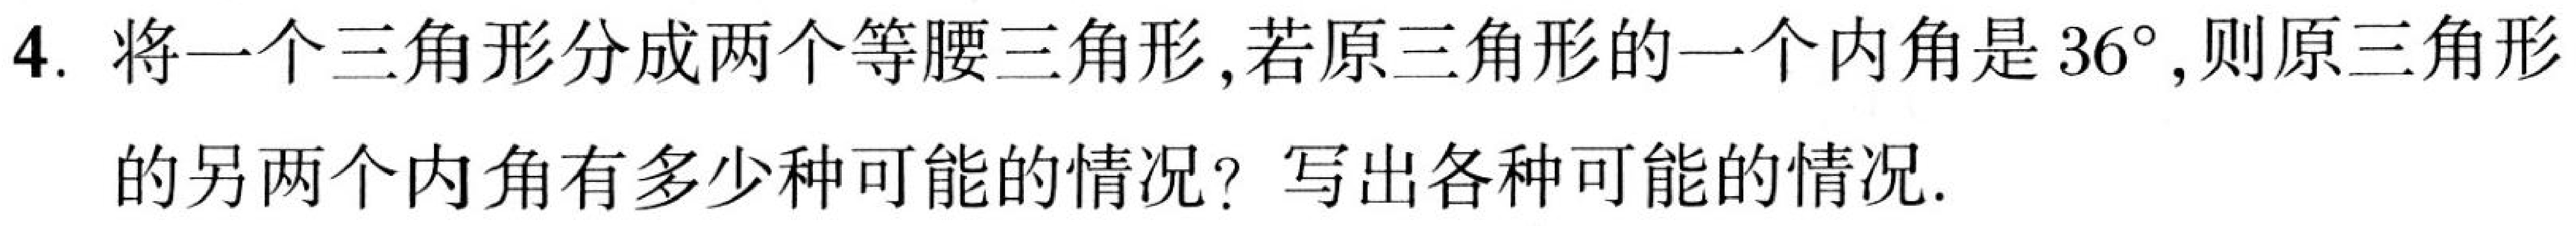
4. 将一个三角形分成两个等腰三角形,若原三角形的一个内角是\(36^{\circ}\),则原三角形
的另两个内角有多少种可能的情况? 写出各种可能的情况.